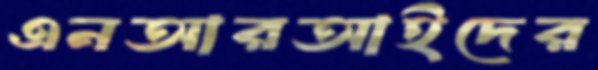
এনআরআইদের